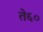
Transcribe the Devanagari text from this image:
ते६०